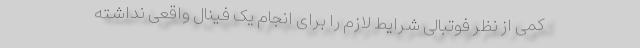
کمی از نظر فوتبالی شرایط لازم را برای انجام یک فینال واقعی نداشته